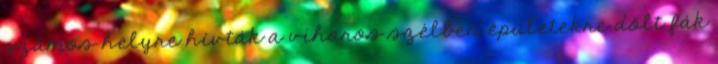
számos helyre hívták a viharos szélben épületekre dőlt fák